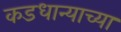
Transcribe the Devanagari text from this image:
कडधान्याच्या